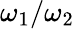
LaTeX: \omega_{1}/\omega_{2}